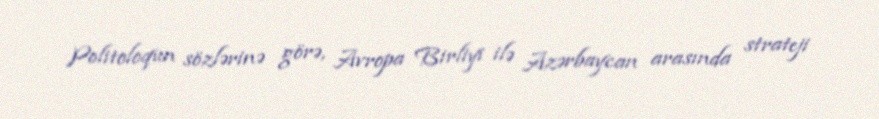
Politoloqun sözlərinə görə, Avropa Birliyi ilə Azərbaycan arasında strateji